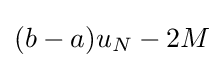
(b-a)u_{N}-2M